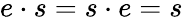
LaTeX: e\cdot s=s\cdot e=s